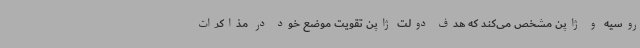
روسیه و ژاپن مشخص می‌کند که هدف دولت ژاپن تقویت موضع خود در مذاکرات